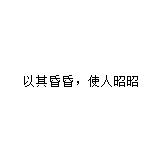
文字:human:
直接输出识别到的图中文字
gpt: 以其昏昏，使人昭昭